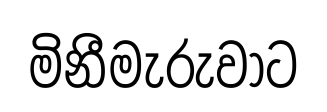
මිනීමැරුවාට